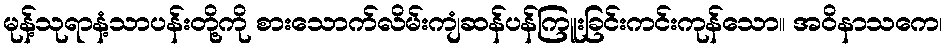
မုန့်သုရာနံ့သာပန်းတို့ကို စားသောက်လိမ်းကျံဆန်ပန်ကြူးခြင်းကင်းကုန်သော။ အဝိနာသကေ၊